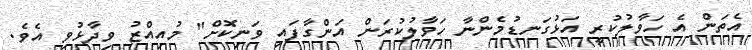
އެތަން އެ ހަވާލުކުރީ އަޅުގަނޑުމެންނާ ހަވާލުކުރަން އަންގާފައި ވަނިކޮށް" މުއިއްޒު ވިދާޅުވި އެވެ.